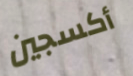
أكسجين